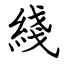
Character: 綫